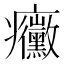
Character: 𭼼